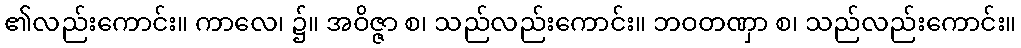
၏လည်းကောင်း။ ကာလေ၊ ၌။ အဝိဇ္ဇာ စ၊ သည်လည်းကောင်း။ ဘဝတဏှာ စ၊ သည်လည်းကောင်း။